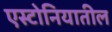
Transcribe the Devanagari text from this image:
एस्टोनियातील